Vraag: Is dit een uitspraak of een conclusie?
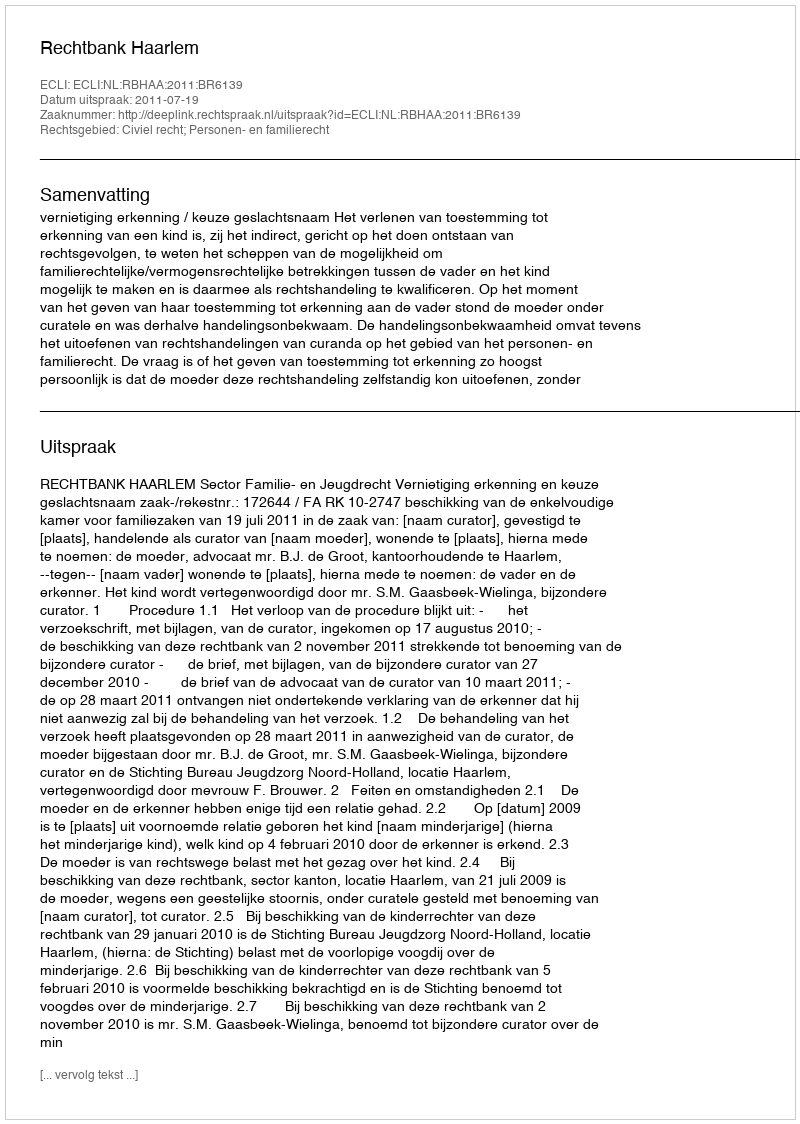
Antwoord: Uitspraak